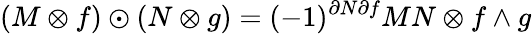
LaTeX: (M\otimes f)\odot(N\otimes g)=(-1)^{\partial N\partial f}MN\otimes f\wedge g